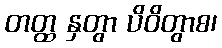
တတ္ထ နှတွာ ပိဝိတွာစ၊